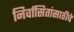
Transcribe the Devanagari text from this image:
निर्वासितांसाठीचे